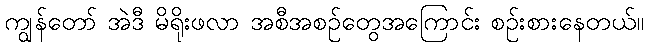
ကျွန်တော် အဲဒီ မိရိုးဖလာ အစီအစဉ်တွေအကြောင်း စဉ်းစားနေတယ်။